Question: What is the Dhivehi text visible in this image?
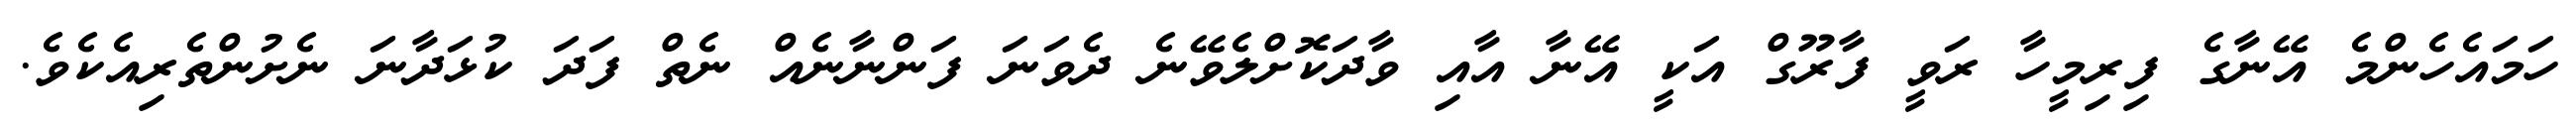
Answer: ހަމައެހެންމެ އޭނާގެ ފިރިމީހާ ރަވީ ފާރޫގް އަކީ އޭނާ އާއި ވާދަކޮށްލެވޭނެ ދެވަނަ ފަންނާނެއް ނެތް ފަދަ ކުޅަދާނަ ނެށުންތެރިއެކެވެ.